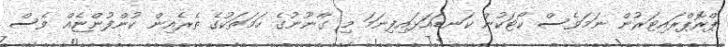
ޕްރޮޕްރައިޓަރުން ނަމަވެސް ކޯޓަކުން ކަނޑައަޅައިފިނަމަ މި ގާނޫނުގެ ހަމަތަކުގެ ތެރެއިން ކުންފުންޏެއް ވެސް